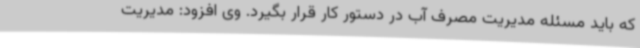
که باید مسئله مدیریت مصرف آب در دستور کار قرار بگیرد. وی افزود: مدیریت